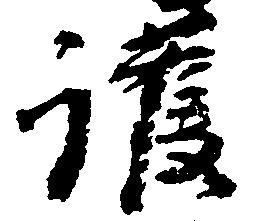
護